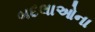
બદલાઓના